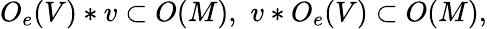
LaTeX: O_{e}(V)*v\subset O(M),\, \, v*O_{e}(V)\subset O(M),